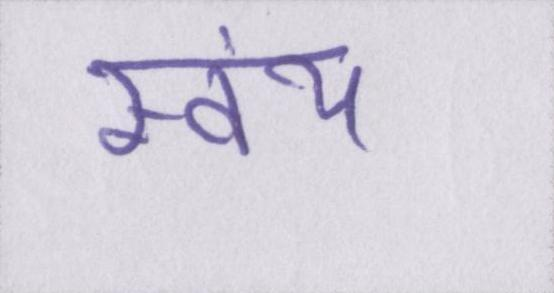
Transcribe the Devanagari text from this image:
स्वंय